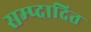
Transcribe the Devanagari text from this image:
सम्प्दादित